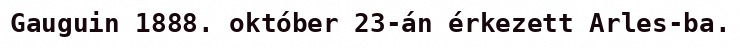
Gauguin 1888. október 23-án érkezett Arles-ba.